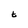
Character: t